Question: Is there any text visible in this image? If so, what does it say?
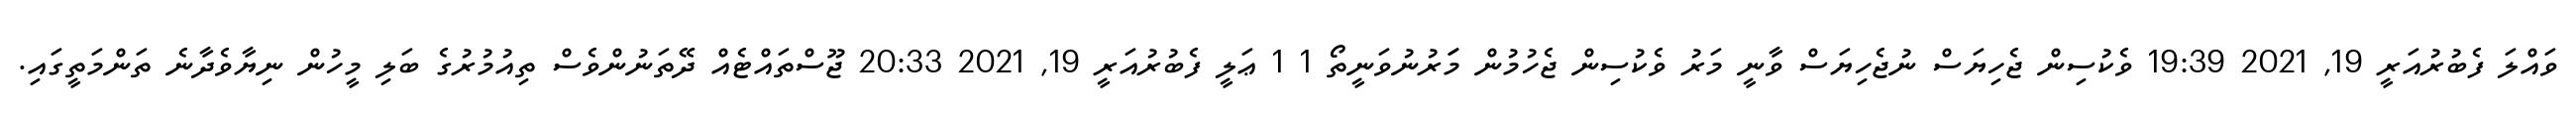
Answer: ވައްލަ ފެބުރުއަރީ 19, 2021 19:39 ވެކުސިން ޖެހިޔަސް ނުޖެހިޔަސް ވާނީ މަރު ވެކުސިން ޖެހުމުން މަަރުނުވަނީތޯ 1 1 ޢަލީ ފެބުރުއަރީ 19, 2021 20:33 ޖޫސްތައްޓެއް ދޭތަނުންވެސް ތިއުމުރުގެ ބަލި މީހުން ނިޔާވެދާނެ ތަންމަތީގައި.